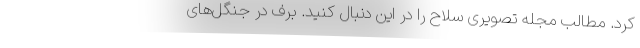
کرد. مطالب مجله تصویری سلاح را در این دنبال کنید. برف در جنگل‌های